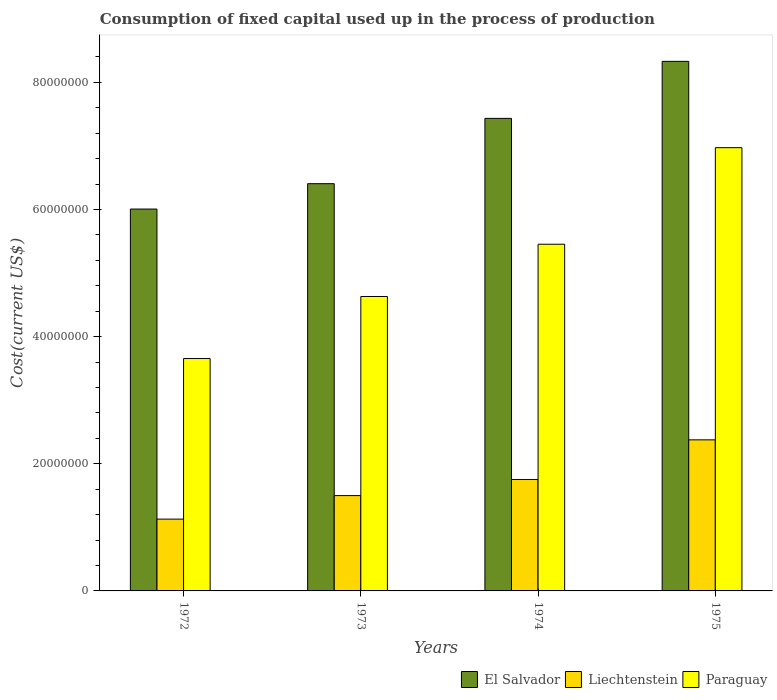
| Years | El Salvador | Liechtenstein | Paraguay |
 | --- | --- | --- | --- |
 | 1972 | 6.01e+07 | 1.13e+07 | 3.66e+07 |
 | 1973 | 6.41e+07 | 1.5e+07 | 4.63e+07 |
 | 1974 | 7.43e+07 | 1.75e+07 | 5.45e+07 |
 | 1975 | 8.33e+07 | 2.38e+07 | 6.97e+07 |